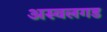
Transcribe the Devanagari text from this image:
अस्वलगड